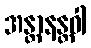
အန္တာနန္တဝါ